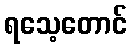
ရသေ့တောင်